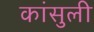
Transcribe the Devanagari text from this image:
कांसुली